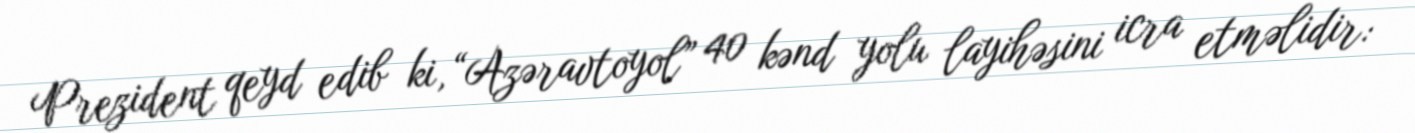
Prezident qeyd edib ki, “Azəravtoyol” 40 kənd yolu layihəsini icra etməlidir: